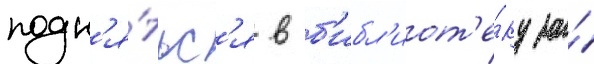
подн'я́тьс'я в б'ибл'иот'е́ку за́